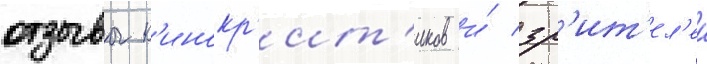
отзывы к'инокр'ит'иков и́ зр'ит'ел'еи